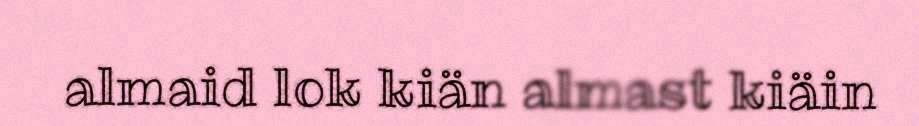
almaid lok kiän almast kiäin